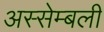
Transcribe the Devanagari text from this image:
अस्सेम्बली